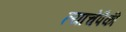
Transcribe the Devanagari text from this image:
त्याचेपैकी